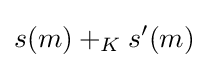
s(m)+_{K}s'(m)